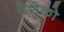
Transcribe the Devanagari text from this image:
देशेको